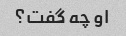
او چه گفت؟